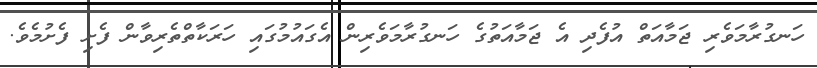
ހަނގުރާމަވެރި ޖަމާއަތް އުފެދި އެ ޖަމާއަތުގެ ހަނގުރާމަވެރިން އެގައުމުގައި ހަރަކާތްތެރިވާން ފެށި ފެށުމެވެ.